Indian journal of veterinary science and animal husbandry - Volume 6,
Year: 1936
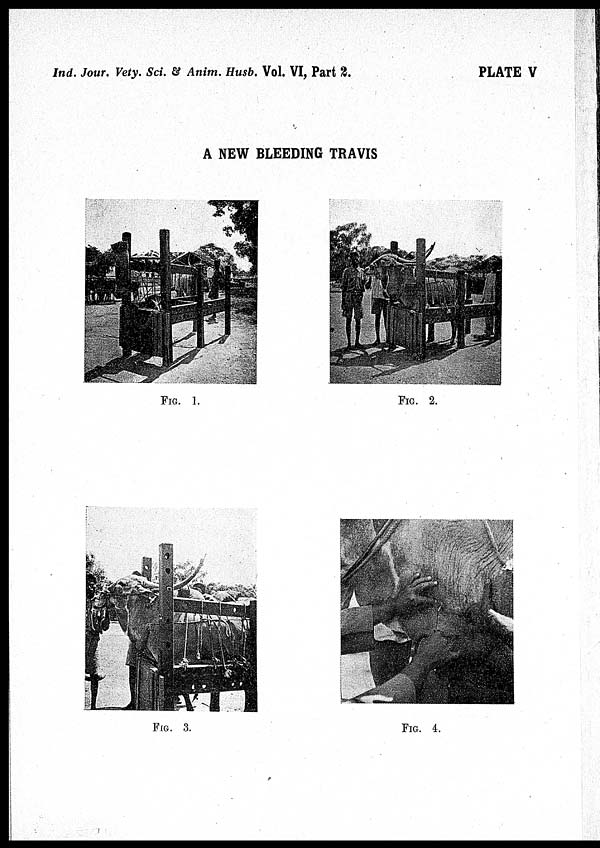
Ind. Jour. Vety. Sci. & Anim. Husb. Vol. VI, Part
2.
PLATE V
A NEW BLEEDING TRAVIS
FIG. 1.
FIG. 2.
FIG. 3.
FIG. 4.